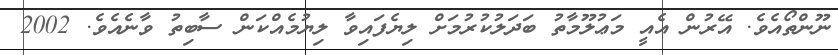
ނޫންތޯއެވެ. އޭރުން އެއީ މަޢުލޫމާތު ބަދަލުކުރުމަށް ލިޔެފައިވާ ލިޔުމެއްކަން ސާބިތު ވާނެއެވެ. 2002